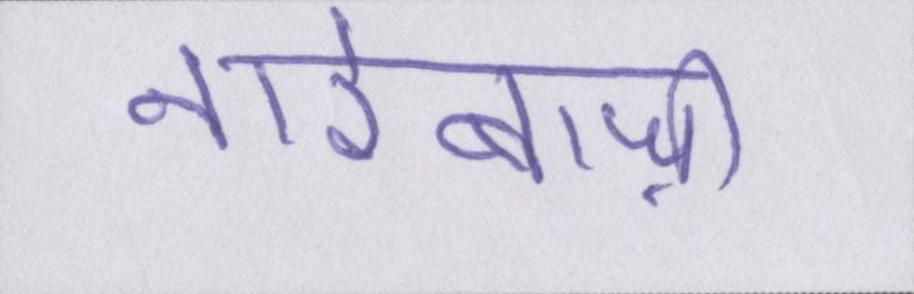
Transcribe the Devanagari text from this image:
नारेबाज़ी